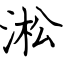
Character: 淞